NAE_ERA_R-2632_ENSV_TA_Emakeele_Selts_1945-1955, lk 193
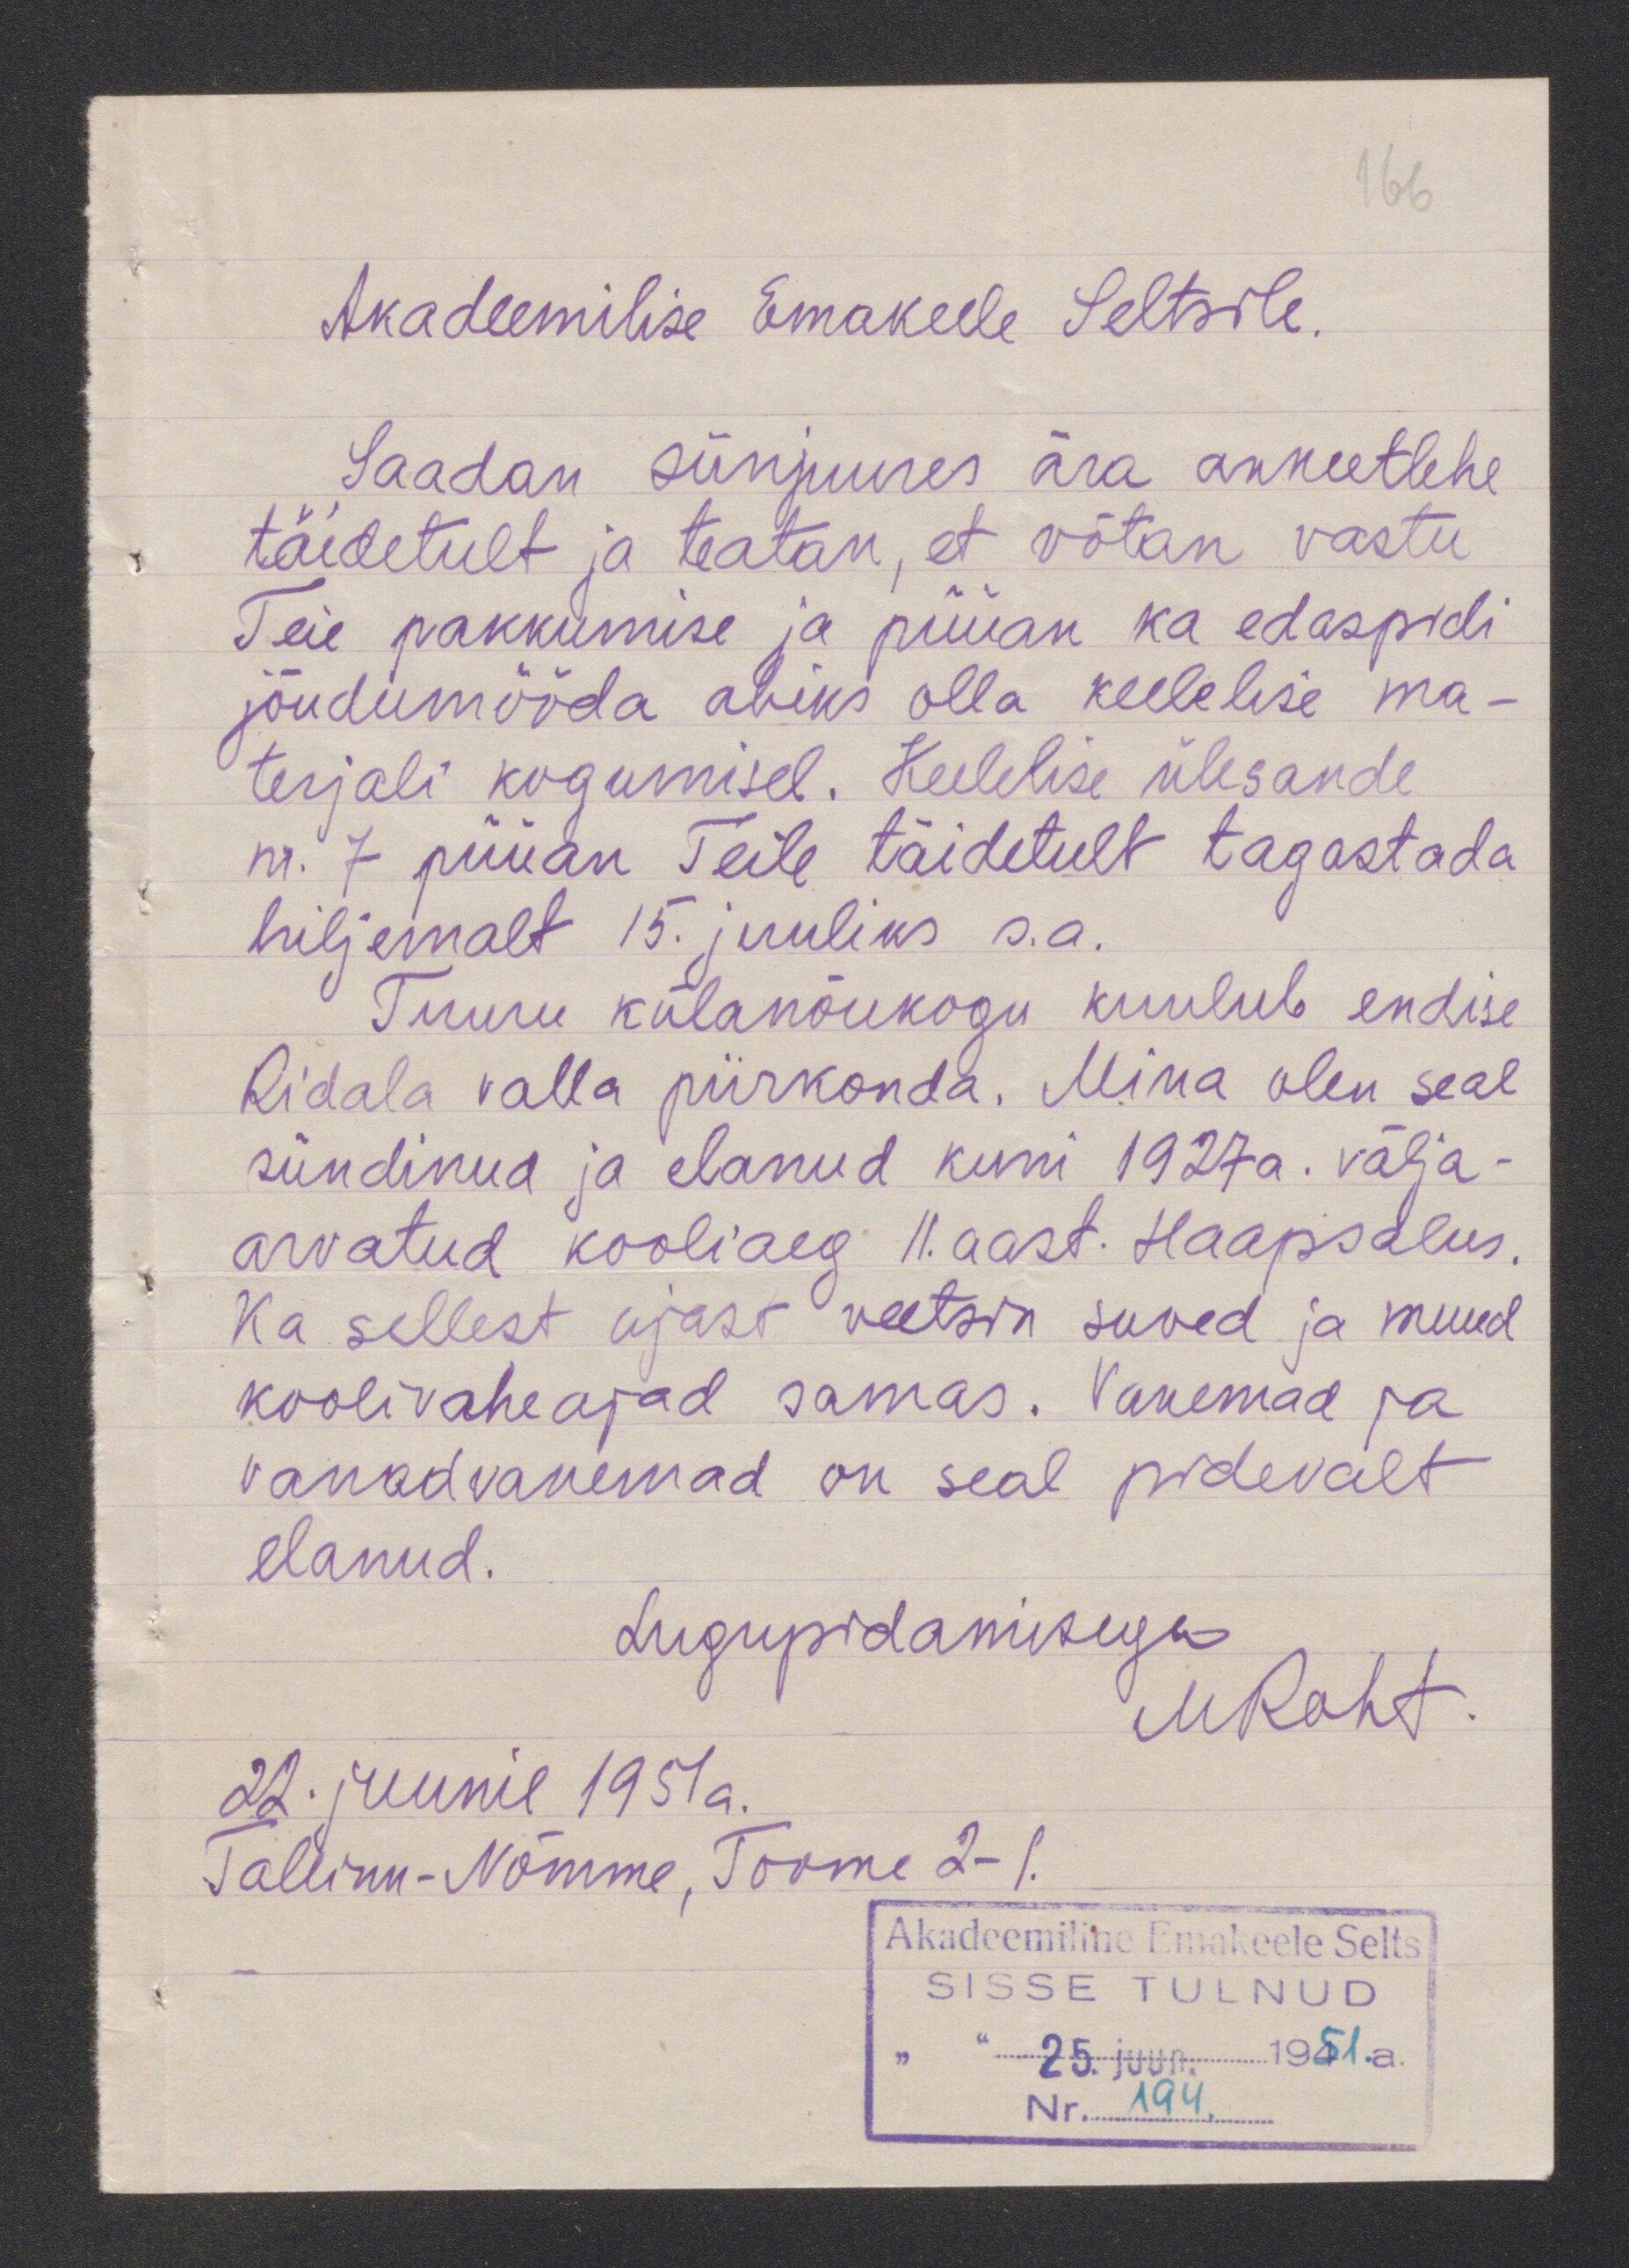
166
Akadeemilise Emakeele Seltsile.
Saadan siinjuures ära ankeetlehe
täidetult ja teatan, et võtan vastu
Teie pakkumise ja püüan ka edaspidi
jõudumööda abeks olla keelelise ma-
terjali kogumisel. Keelelise ülesande
nr. 7 püüan Teile täidetult tagastada
hiljemalt 15. juuliks s.a.
Tuuru külanõukogu kuulub endise
Ridala valla piirkonda. Mina olen seal
sündinud ja elanud kuni 1927 a. välja-
arvatud kooliaeg 11. aast. Haapsalus.
Ka sellest ajast veetsin suved ja muud
koolivaheajad samas. Vanemad ja
vanadvanemad on seal pidevalt
elanud.
Lugupidamisega
M Roht
22. juunil 1951 a.
Tallinn-Nõmme, Toome 2-1